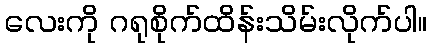
လေးကို ဂရုစိုက်ထိန်းသိမ်းလိုက်ပါ။